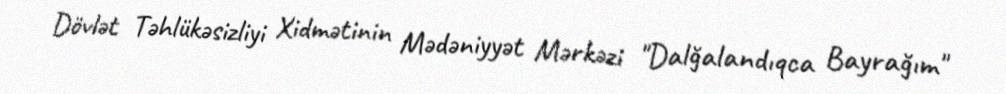
Dövlət Təhlükəsizliyi Xidmətinin Mədəniyyət Mərkəzi "Dalğalandıqca Bayrağım"